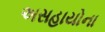
અસહાયોના